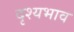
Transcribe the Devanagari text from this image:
दृश्यभाव